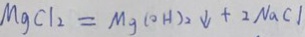
M g C l _ { 2 } = M g ( O H ) _ { 2 } \downarrow + 2 N a C l